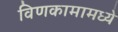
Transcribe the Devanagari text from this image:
विणकामामध्ये